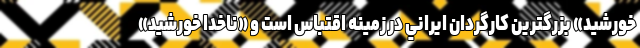
خورشيد» بزرگترين کارگردان ايراني در زمينه اقتباس است و «ناخدا خورشيد»